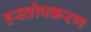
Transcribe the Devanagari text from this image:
हस्तोपकरण